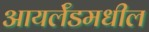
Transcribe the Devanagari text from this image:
आयर्लॅडमधील